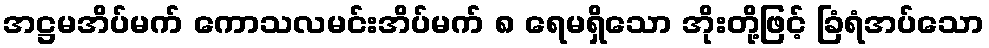
အဋ္ဌမအိပ်မက် ကောသလမင်းအိပ်မက် ၈ ရေမရှိသော အိုးတို့ဖြင့် ခြံရံအပ်သော